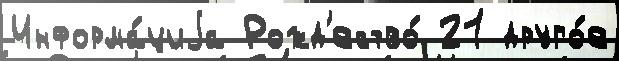
Информа́циjа Рожд'ество́ 21 друго́е